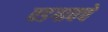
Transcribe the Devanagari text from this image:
वडगावचे